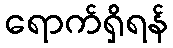
ရောက်ရှိရန်